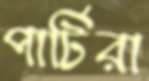
পার্টিরা